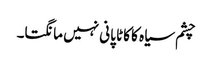
چشم سیاہ کا کاٹا پانی نہیں مانگتا۔